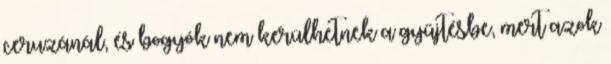
ceruzánál, és bogyók nem kerülhetnek a gyűjtésbe, mert azok